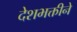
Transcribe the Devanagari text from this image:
देशभक्तीने